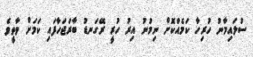
ސުލައިމާނު ހުރިހާ ކަމެއްކޮށް ނިމުނު އިރު ހުރީ ރޭގަނޑު ބާރަޖަހާފައި ކަމަށް ވާތީވެ